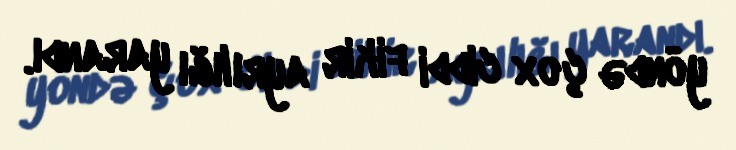
yöndə çox ciddi fikir ayrılığı yarandı.